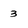
Character: 3